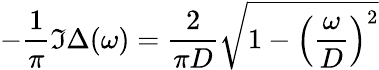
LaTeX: -\frac{1}{\pi}\Im\Delta(\omega)=\frac{2}{\pi D}\sqrt{1-\left(\frac{\omega}{D}\right)^{2}}